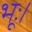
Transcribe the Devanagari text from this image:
भूः।